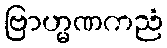
ဗြာဟ္မဏကညံ